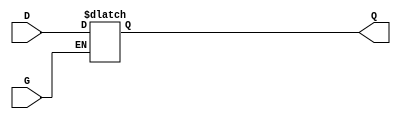
module level_sensitive_gated_latch (
    input wire D,      // Data Input
    input wire G,      // Gate Control
    output reg Q       // Data Output
);

// Always block that triggers on the level of G
always @(*) begin
    if (G) begin
        // When G is active, Q follows D
        Q = D;
    end
    // When G is inactive, Q retains its previous value
end

endmodule